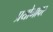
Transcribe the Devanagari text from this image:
प्रयोगावर